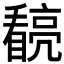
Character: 𭿧